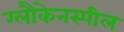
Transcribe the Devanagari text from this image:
ग्लौकेनस्पील